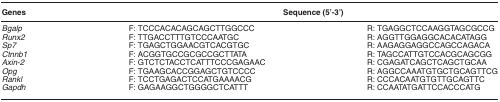
| Genes | <COLSPAN=2> Sequence (5’-3’) |
 | --- | --- | --- |
 | Bgalp | F:TCCCACACAGCAGCTTGGCCC | R: TGAGGCTCCAAGGTAGCGCCG |
 | Runx2 | F:TTGACCTTTGTCCCAATGC | R: AGGTTGGAGGCACACATAGG |
 | Sp7 | F:TGAGCTGGAACGTCACGTGC | R: AAGAGGAGGCCAGCCAGACA |
 | Ctnnb1 | F:ACGGTGCCGCGCCGCTTATA | R: TAGCCATTGTCCACGCAGCGG |
 | Axin-2 | F: GTCTCTACCTCATTTCCCGAGAAC | R: CGAGATCAGCTCAGCTGCAA |
 | Opg | F: TGAAGCACCGGAGCTGTCCCC | R: AGGCCAAATGTGCTGCAGTTCG |
 | Rankl | F: TCCTGAGACTCCATGAAAACG | R: CCCACAATGTGTTGCAGTTC |
 | Gapdh | F: GAGAAGGCTGGGGCTCATTT | R: CCAATATGATTCCACCCATG |